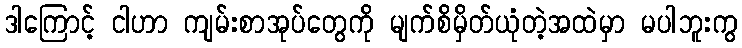
ဒါကြောင့် ငါဟာ ကျမ်းစာအုပ်တွေကို မျက်စိမှိတ်ယုံတဲ့အထဲမှာ မပါဘူးကွ